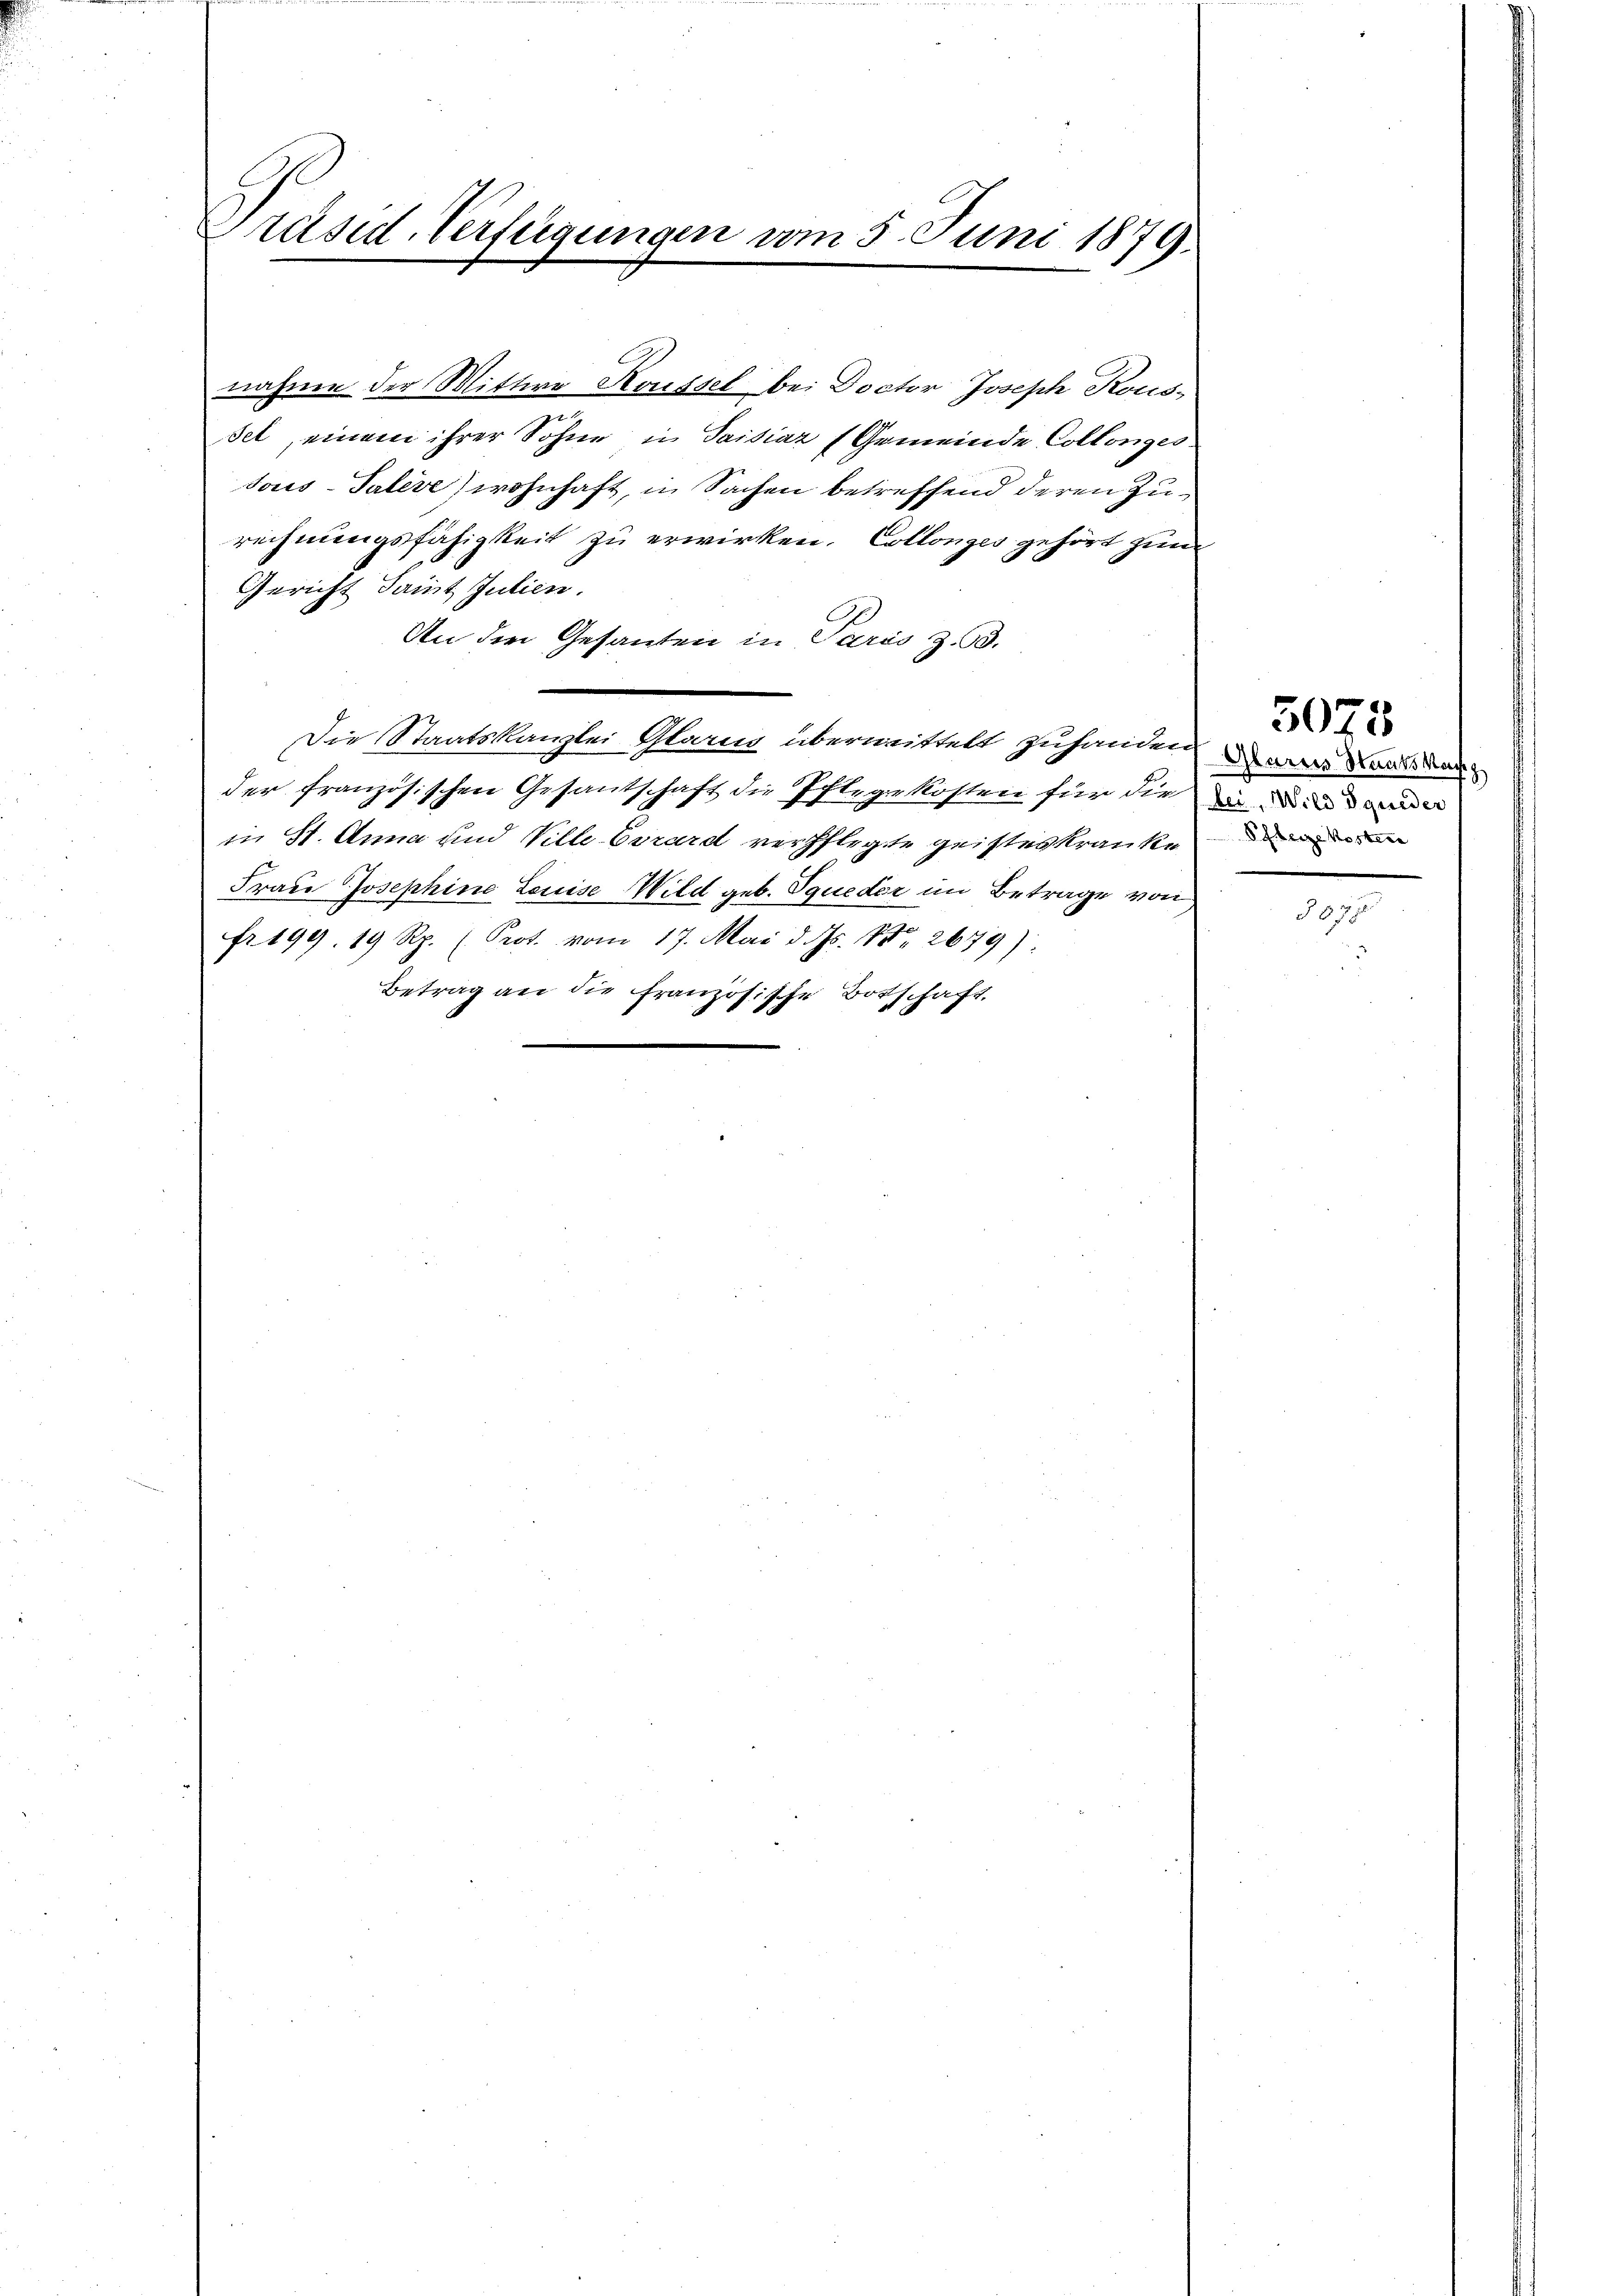
Präsid. Verfügungen vom 5. Juni 1879.

nahmen der Wittwe Koussel bei Doctor Joseph Rous-
set, einem ihrer Sohne in Saisiaz (Gemeinde Collonges
Jous-Talève) wohnhaft, in Sachen betreffend deren Zurechnungsfähigkeit zu erwirken. Collonges gehört zum
Gericht damit Julien.
An die Gesanten in Paris z. B.
Die Staatskanzlei Glarm übermittelt zuhandern wir dans dan
der französischen Gesantschaft die Pflegekosten für die in
in St. Anna und Ville-Eirard verpflegte geisteskranken
Frau Josephine Louise Wild geb. Squeder im Betrage von
Fr. 199. 19 Rp. (Prot. vom 17. Mai d. Js. Nr. 2679)
Betrag an die französische Botschaft.

5073

§ 87.